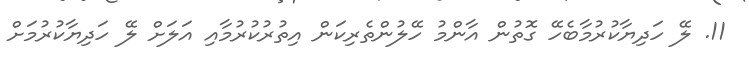
11. ލޭ ހަދިޔާކުރުމާބެހޭ ގޮތުން އާންމު ހޭލުންތެރިކަން އިތުރުކުރުމާއި އަލަށް ލޭ ހަދިޔާކުރުމަށް